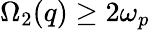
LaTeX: \Omega_{2}(q)\geq 2\omega_{p}